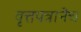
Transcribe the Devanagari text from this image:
वृत्तपत्रानेच